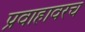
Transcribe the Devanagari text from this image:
प्रवाहावरच